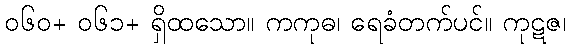
၀၆၀+ ၀၆၁+ ရှိထသော။ ကကုဓ၊ ရေခံတက်ပင်။ ကုဋဇ၊